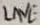
Text: LINE